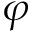
\boldsymbol { \varphi }